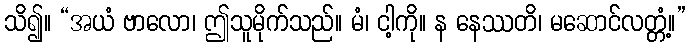
သိ၍။ “အယံ ဗာလော၊ ဤသူမိုက်သည်။ မံ၊ ငါ့ကို။ န နေဿတိ၊ မဆောင်လတ္တံ့။”